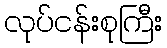
လုပ်ငန်းစုကြီး